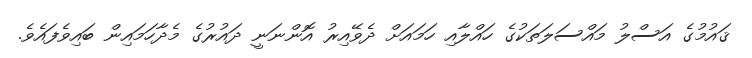
ޤައުމުގެ އަސްލު މައްސަލަތަކުގެ ހައްލާއި ހަމައަށް ދެވޭއިރު އޮންނަނީ ދައުރުގެ މެދާހަމައިން ބައިވެފައެވެ.